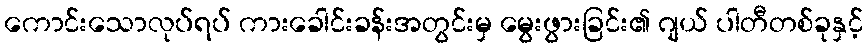
ကောင်းသောလုပ်ရပ် ကားခေါင်းခန်းအတွင်းမှ မွေးဖွားခြင်း၏ ဂျယ် ပါတီတစ်ခုနှင့်